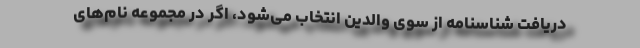
دریافت شناسنامه از سوی والدین انتخاب می‌شود، اگر در مجموعه نام‌های